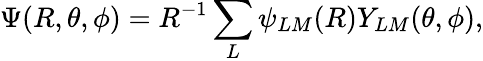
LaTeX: \Psi(R,\theta,\phi)=R^{-1}\sum_{L}\psi_{LM}(R)Y_{LM}(\theta,\phi),